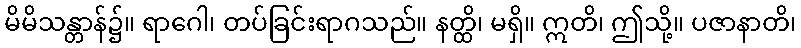
မိမိသန္တာန်၌။ ရာဂေါ၊ တပ်ခြင်းရာဂသည်။ နတ္ထိ၊ မရှိ။ ဣတိ၊ ဤသို့။ ပဇာနာတိ၊